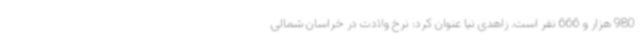
980 هزار و 666 نفر است. زاهدی نیا عنوان کرد: نرخ ولادت در خراسان شمالی